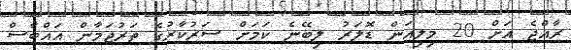
ރާއްޖެ އަށް 20 މިލިއަން ޑޮލަރު ލިބޭނެ ކަމަށް ސަރުކާރުގެ ތަރުޖަމާން އައްބާސް